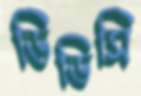
ডিডিসি